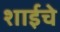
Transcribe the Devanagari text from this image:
शाईचे